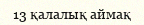
13 қалалық аймақ